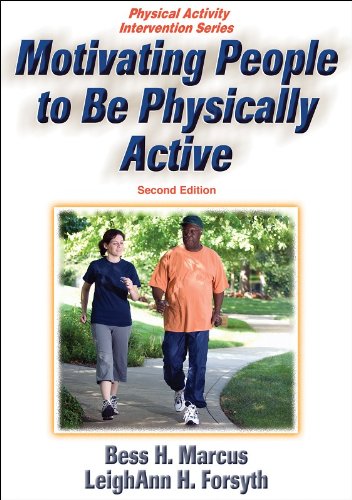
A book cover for Motivating People to Be Physically Active - 2nd Edition (Physical Activity Intervention Series); Bess H. Marcus; Medical Books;